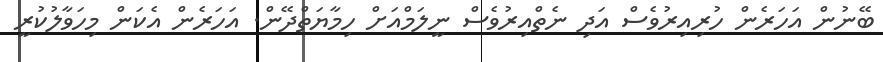
ބޭނުން އަހަރެން ހުރިއިރުވެސް އަދި ނެތްއިރުވެސް ނީލަމްއަށް ހިމާޔަތްދޭން. އަހަރެން އެކަން މިހަވާލުކުރީ